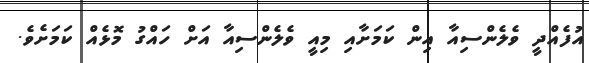
އުފެއްދީ ވެލެންސިއާ އިން ކަމަށާއި މިއީ ވެލެންސިއާ އަށް ހައްގު މޮޅެއް ކަމަށެވެ.